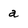
Character: a